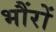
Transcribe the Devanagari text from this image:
भौंरों